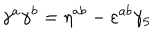
\gamma ^ { a } \gamma ^ { b } = \eta ^ { a b } - \varepsilon ^ { a b } \gamma _ { 5 }